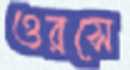
ওরসে